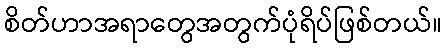
စိတ်ဟာအရာတွေအတွက်ပုံရိပ်ဖြစ်တယ်။